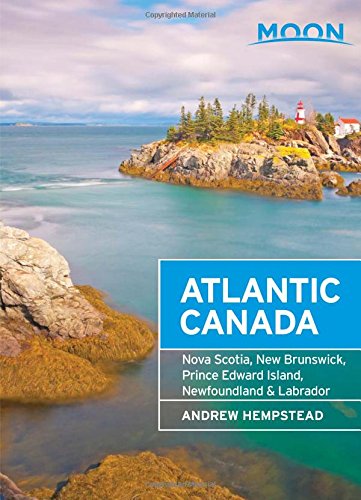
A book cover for Moon Atlantic Canada: Nova Scotia, New Brunswick, Prince Edward Island, Newfoundland & Labrador (Moon Handbooks); Andrew Hempstead; Travel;